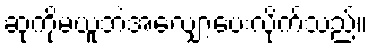
ဆုကိုမယူဘဲအလျှော့ပေးလိုက်သည်။